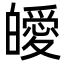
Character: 皧